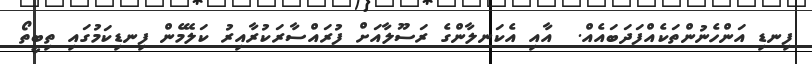
ފިނޑި އަންހެނުންތަކެއްފަދަބައެއް.  އާއި އެކަނލާންގެ ރަސޫލާއަށް ފުރައްސާރަކުރާއިރު ކަލޭމެން ފިނޑިކަމުގައި ތިބީތޯ